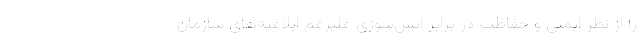
را از نظر ایمنی و حفاظت در برابر آتش‌سوزی علیرغم ابلاغیه‌های سازمان